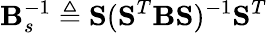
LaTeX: \mathbf{B}_{s}^{-1}\triangleq\mathbf{S}(\mathbf{S}^{T}\mathbf{B}\mathbf{S})^{-1}\mathbf{S}^{T}